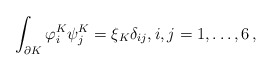
\begin{align*}\int_{\partial K}\varphi_i^K\psi_j^K=\xi_K\delta_{ij},i,j=1,\ldots,6\,,\end{align*}